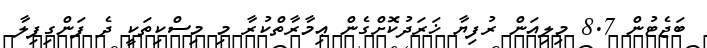
ބަޖެޓުން 8.7 މިލިއަން ރުފިޔާ ޚަރަދުކޮށްގެން ޢިމާރާތްކުރާ މި މިސްކިތަކީ ދެ ފަންގިފިލާ